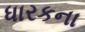
ધારકના